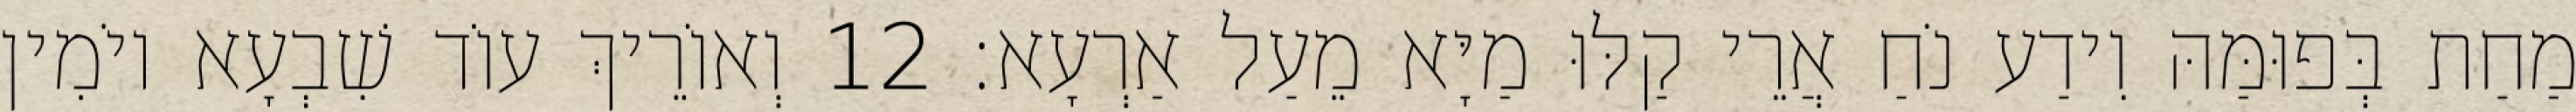
מַחַת בְּפוּמַּהּ וִידַע נֹחַ אֲרֵי קַלּוּ מַיָּא מֵעַל אַרְעָא׃ 12 וְאוֹרֵיךְ עוֹד שִׁבְעָא יוֹמִין